King Institute of Preventive Medicine Micro-Biological Section reports 1909-11
Year: 1909
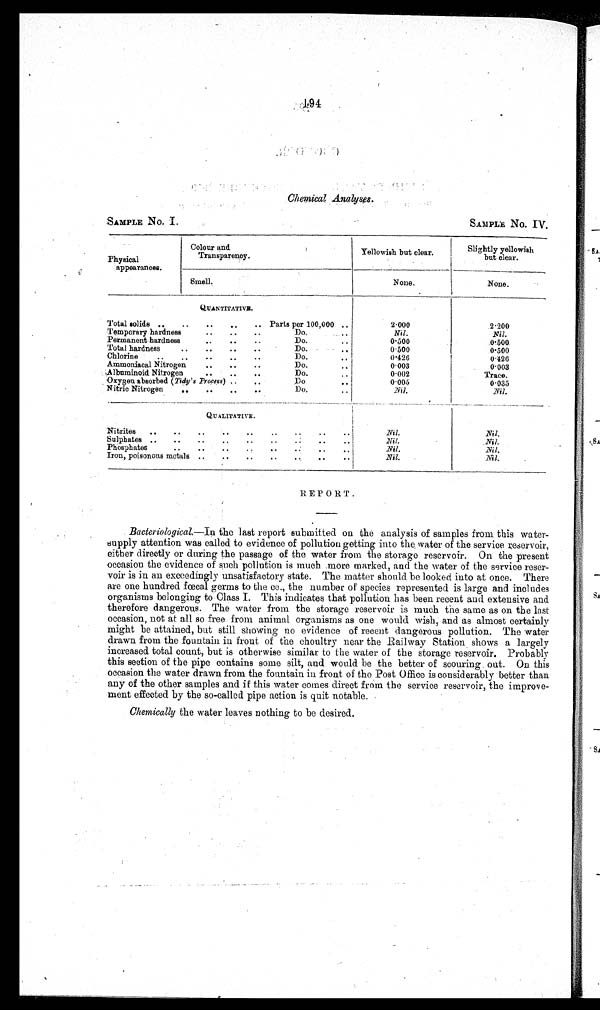
1 9 4
Chemical Analyses.
SAMPLE No. I.
SAMPLE No. IV.
Physical
appearances.
Colour and
Transparency.
Yellowish but clear.
Slightly yellowish
but clear.
Smell.
None.
None.
QUANTITATIVE.
Total solids .. .. .. .. ..
Parts per 100,000 ..
2.000
2.200
Temporary hardness
..
..
. .
Do.
..
Nil.
Nil.
Permanent hardness
..
..
..
Do. ..
0.500
0.500
Total hardness ..
..
.. ..
Do.
..
0.500
0.500
Chlorine
..
..
..
..
..
Do. ..
0.426 0.426
Ammoniacal Nitrogen
..
..
..
Do.
..
0.003 0.003
Albuminoid Nitrogen
..
..
..
Do.
..
0.002
Trace.
Oxygen absorbed ( Tidy's Process) .. ..
Do
..
0.005
0.035
Nitric Nitrogen
..
..
..
..
Do.
..
Nil.
Nil.
QUALITATIVE.
Nitrites ..
..
..
..
..
..
..
..
..
Nil.
Nil.
Sulphates ..
..
..
..
..
..
. . . . . . . .
Nil.
Nil.
Phosphates
..
..
..
..
..
. . . . . .
Nil.
N i l .
Iron, poisonous metals ..
..
..
..
..
.. ..
Nil.
Nil.
REPORT.
Bacteriological.—In the last report submitted on the analysis of samples from this water
-supply attention was called to evidence of pollution getting into the water of the service reservoir,
either directly or during the passage of the water from the storage reservoir. On the present
occasion the evidence of such pollution is much more marked, and the water of the service reser-
voir is in an exceedingly unsatisfactory state. The matter should be looked into at once. There
are one hundred fœcal germs to the cc., the number of species represented is large and includes
organisms belonging to Class I. This indicates that pollution has been recent and extensive and
therefore dangerous. The water from the storage reservoir is much the same as on the last
occasion, not at all so free from animal organisms as one would wish, and as almost certainly
might be attained, but still showing no evidence of recent dangerous pollution. The water
drawn from the fountain in front of the choultry near the Railway Station shows a largely
increased total count, but is otherwise similar to the water of the storage reservoir. Probably
this section of the pipe contains some silt, and would be the better of scouring out. On this
occasion the water drawn from the fountain in front of the Post Office is considerably better than
any of the other samples and if this water comes direct from the service reservoir, the improve-
ment effected by the so-called pipe action is quit notable.
Chemically the water leaves nothing to be desired.